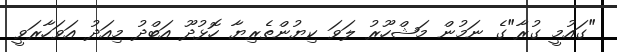
"ގައުމީ ގުރާ"ގެ ނަމުން މަޝްހޫރު ލަވަ ކިޔުންތެރިޔާ ހޮޅުދޫ އަބްދު މިއަދު އަވަހާރަވީ